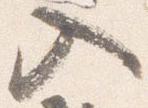
入